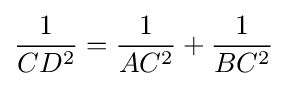
{\frac {1}{CD^{2}}}={\frac {1}{AC^{2}}}+{\frac {1}{BC^{2}}}